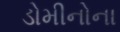
ડોમીનોના